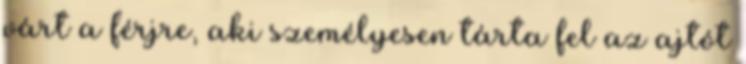
várt a férjre, aki személyesen tárta fel az ajtót